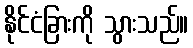
နိုင်ငံခြားကို သွားသည်။